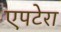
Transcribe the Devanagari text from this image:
एपटेरा